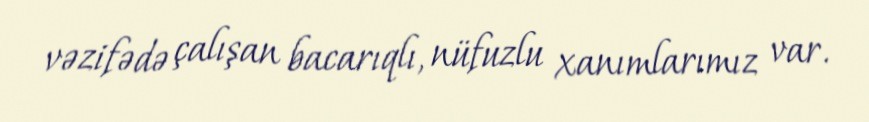
vəzifədə çalışan bacarıqlı, nüfuzlu xanımlarımız var.